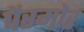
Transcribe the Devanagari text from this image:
पैरमोर